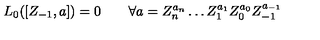
L _ { 0 } ( [ Z _ { - 1 } , a ] ) = 0 \qquad \forall a = Z _ { n } ^ { a _ { n } } \ldots Z _ { 1 } ^ { a _ { 1 } } Z _ { 0 } ^ { a _ { 0 } } Z _ { - 1 } ^ { a _ { - 1 } }